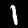
Label: 1